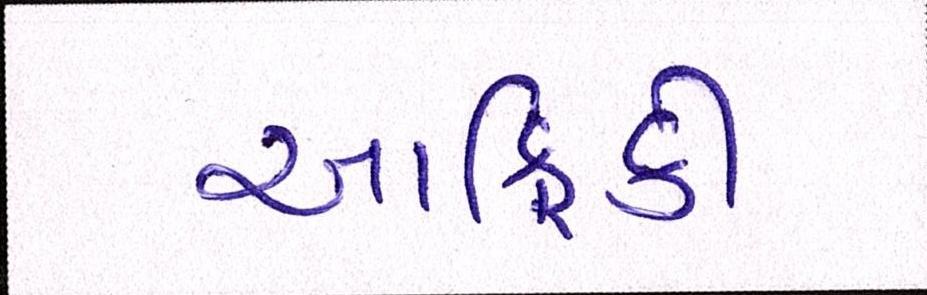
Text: આફ્રિકી